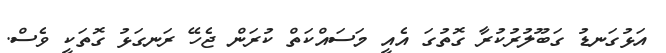
އަޅުގަނޑު ގަބޫލުރުކުރާ ގޮތުގަ އެއީ މަސައްކަތް ކުރަން ޖެހޭ ރަނގަޅު ގޮތަކީ ވެސް.